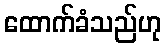
ထောက်ခံသည်ဟု